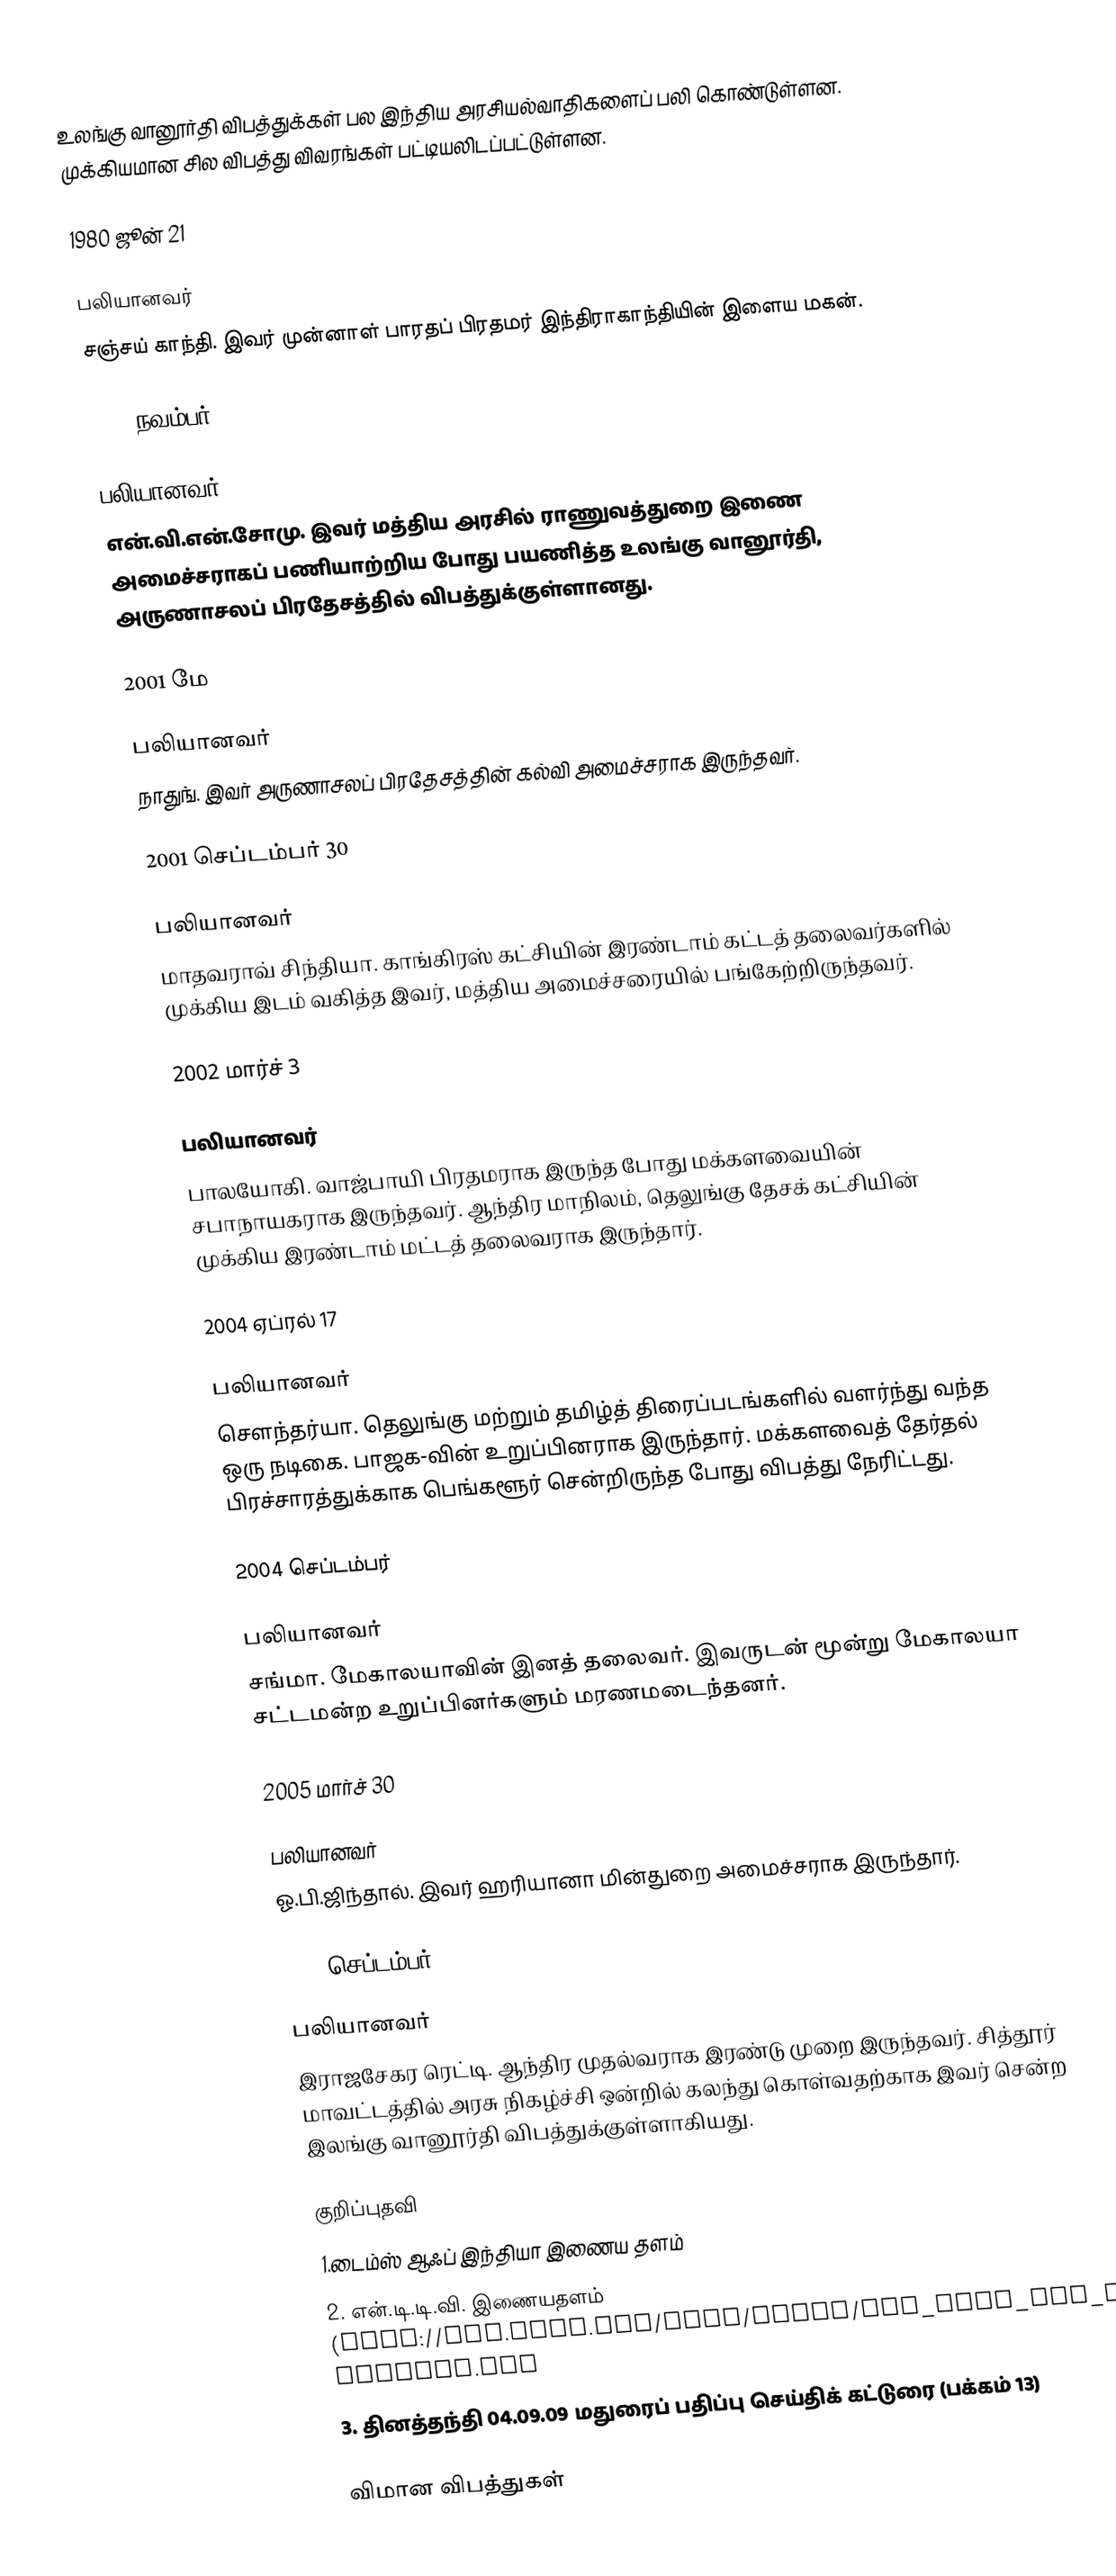
உலங்கு வானூர்தி விபத்துக்கள் பல இந்திய அரசியல்வாதிகளைப் பலி கொண்டுள்ளன. முக்கியமான சில விபத்து விவரங்கள் பட்டியலிடப்பட்டுள்ளன.

1980 ஜூன் 21

பலியானவர்
சஞ்சய் காந்தி. இவர் முன்னாள் பாரதப் பிரதமர் இந்திராகாந்தியின் இளைய மகன்.

1997 நவம்பர் 17

பலியானவர்
என்.வி.என்.சோமு. இவர் மத்திய அரசில் ராணுவத்துறை இணை அமைச்சராகப் பணியாற்றிய போது பயணித்த உலங்கு வானூர்தி, அருணாசலப் பிரதேசத்தில் விபத்துக்குள்ளானது.

2001 மே

பலியானவர்
நாதுங். இவர் அருணாசலப் பிரதேசத்தின் கல்வி அமைச்சராக இருந்தவர்.

2001 செப்டம்பர் 30

பலியானவர்
மாதவராவ் சிந்தியா. காங்கிரஸ் கட்சியின் இரண்டாம் கட்டத் தலைவர்களில் முக்கிய இடம் வகித்த இவர், மத்திய அமைச்சரையில் பங்கேற்றிருந்தவர்.

2002 மார்ச் 3

பலியானவர்
பாலயோகி. வாஜ்பாயி பிரதமராக இருந்த போது மக்களவையின் சபாநாயகராக இருந்தவர். ஆந்திர மாநிலம், தெலுங்கு தேசக் கட்சியின் முக்கிய இரண்டாம் மட்டத் தலைவராக இருந்தார்.

2004 ஏப்ரல் 17

பலியானவர்
சௌந்தர்யா. தெலுங்கு மற்றும் தமிழ்த் திரைப்படங்களில் வளர்ந்து வந்த ஒரு நடிகை. பாஜக-வின் உறுப்பினராக இருந்தார். மக்களவைத் தேர்தல் பிரச்சாரத்துக்காக பெங்களூர் சென்றிருந்த போது விபத்து நேரிட்டது.

2004 செப்டம்பர்

பலியானவர்
சங்மா. மேகாலயாவின் இனத் தலைவர். இவருடன் மூன்று மேகாலயா சட்டமன்ற உறுப்பினர்களும் மரணமடைந்தனர்.

2005 மார்ச் 30

பலியானவர்
ஓ.பி.ஜிந்தால். இவர் ஹரியானா மின்துறை அமைச்சராக இருந்தார்.

2009 செப்டம்பர் 2

பலியானவர்
இராஜசேகர ரெட்டி. ஆந்திர முதல்வராக இரண்டு முறை இருந்தவர். சித்தூர் மாவட்டத்தில் அரசு நிகழ்ச்சி ஒன்றில் கலந்து கொள்வதற்காக இவர் சென்ற இலங்கு வானூர்தி விபத்துக்குள்ளாகியது.

குறிப்புதவி
1.டைம்ஸ் ஆஃப் இந்தியா இணைய தளம்
2. என்.டி.டி.வி. இணையதளம் (http://www.ndtv.com/news/india/how_safe_are_choppers.php
3. தினத்தந்தி 04.09.09 மதுரைப் பதிப்பு செய்திக் கட்டுரை (பக்கம் 13)

விமான விபத்துகள்